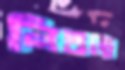
নিতম্বে